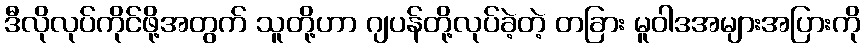
ဒီလိုလုပ်ကိုင်ဖို့အတွက် သူတို့ဟာ ဂျပန်တို့လုပ်ခဲ့တဲ့ တခြား မူဝါဒအများအပြားကို